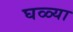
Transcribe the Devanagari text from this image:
घळ्या